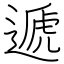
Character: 遞